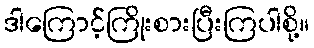
ဒါကြောင့်ကြိုးစားပြီးကြပါစို့။